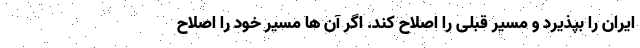
ایران را بپذیرد و مسیر قبلی را اصلاح کند. اگر آن ها مسیر خود را اصلاح